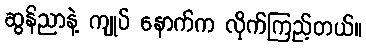
ဆွန်ညာနဲ့ ကျုပ် နောက်က လိုက်ကြည့်တယ်။